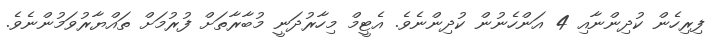
ފިރިހެން ކުދިންނާއި 4 އަންހެނުން ކުދިންނެވެ. އެޓީމް މިހާރުދަނީ މުބާރާތަށް ފުރުމަށް ތައްޔާރުވަމުންނެވެ.